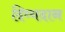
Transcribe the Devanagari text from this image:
दिव्यदान